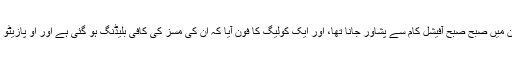
جب ایک دفعہ رمضان میں صبح صبح آفیشل کام سے پشاور جانا تھا، اور ایک کولیگ کا فون آیا کہ ان کی مسز کی کافی بلیڈنگ ہو گئی ہے اور او پازیٹو کی اشد ضرورت ہے۔